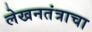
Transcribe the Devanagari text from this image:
लेखनतंत्राचा